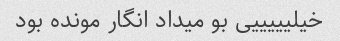
خیلیییییی بو میداد انگار مونده بود